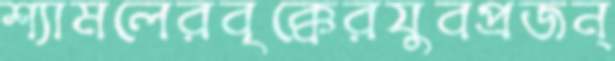
শ্যামলেরবৃক্কেরযুবপ্রজন্